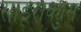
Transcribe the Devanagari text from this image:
साइराक्युस